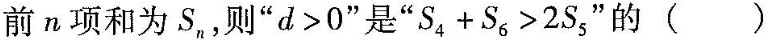
前n项和为S_{n} ，则”$$d > 0$$”是”$$S _ { 4 } + S _ { 6 } > 2 S _ { 5 }$$”的()